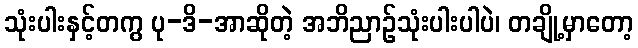
သုံးပါးနှင့်တကွ ပု-ဒိ-အာဆိုတဲ့ အဘိညာဉ်သုံးပါးပါပဲ၊ တချို့မှာတော့